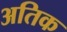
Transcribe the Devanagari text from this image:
अतिक